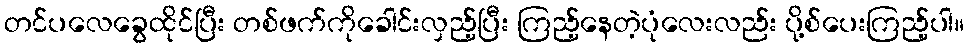
တင်ပလေခွေထိုင်ပြီး တစ်ဖက်ကိုခေါင်းလှည့်ပြီး ကြည့်နေတဲ့ပုံလေးလည်း ပို့စ်ပေးကြည့်ပါ။